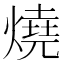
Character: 燒